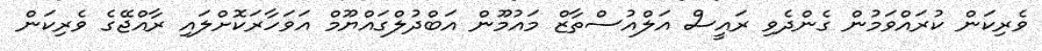
ވެރިކަން ކުރައްވަމުން ގެންދެވި ރައީސް އަލްއުސްތާޒް މައުމޫން އަބްދުލްގައްޔޫމް އަވަހާރަކޮށްލައި ރާއްޖޭގެ ވެރިކަން